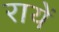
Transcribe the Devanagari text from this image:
रायें